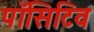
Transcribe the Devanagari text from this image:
पॉसिटिव